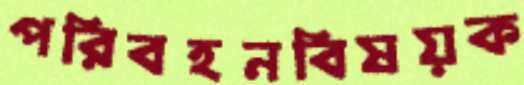
পরিবহনবিষয়ক